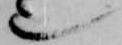
也